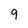
Character: 9